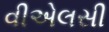
વીએલસી